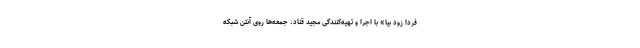
فردا زود بیا» با اجرا و تهیه‌کنندگی مجید قناد، جمعه‌ها روی آنتن شبکه